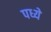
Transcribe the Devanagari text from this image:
पध्ये